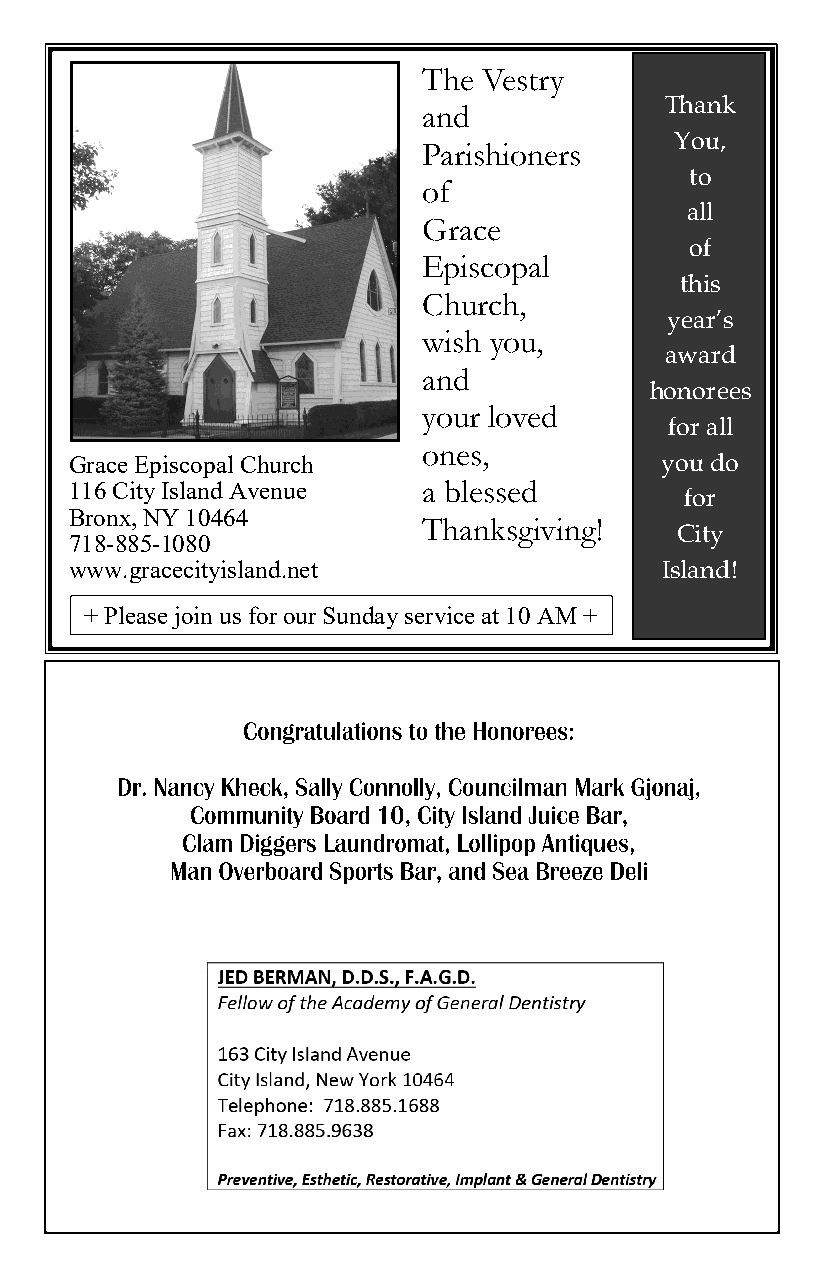
The Vestry
 Thank
 and
 You,
 Parishioners
 to
 of
 all
 Grace
 of
 Episcopal
 this
 Church,
 year’s
 wish you,
 award
 and
 honorees
 your loved
 for all
 ones,
 Grace Episcopal Church                 you do
 116 City Island Avenue a blessed
 for
 Bronx, NY 10464
 Thanksgiving!
 City
 718-885-1080
 www.gracecityisland.net                Island!
 + Please join us for our Sunday service at 10 AM +